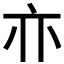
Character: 𰁜